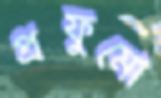
প্রফুমো